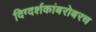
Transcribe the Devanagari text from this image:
दिग्दर्शकांबरोबरच